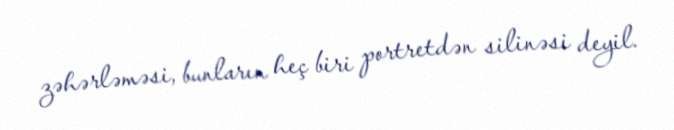
zəhərləməsi, bunların heç biri portretdən silinəsi deyil.